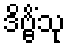
ဒိဗ္ဗိံသု